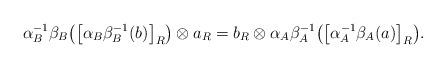
LaTeX: \begin{align*} \alpha _B^{-1}\beta _B\big(\big[\alpha _B\beta _B^{-1}(b)\big]_R\big)\otimes a_R=b_R\otimes \alpha _A\beta _A^{-1}\big(\big[\alpha _A^{-1}\beta _A(a)\big]_R\big).\end{align*}